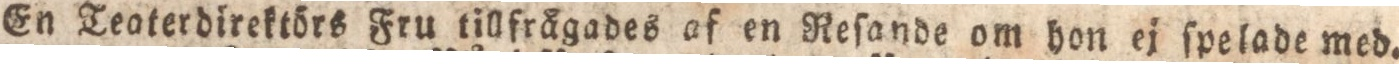
En Teoterdirektörs Fru tillfrågades af en Reſande om hon ej ſpelade med.